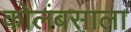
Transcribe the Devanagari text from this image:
कोलंबसाला